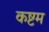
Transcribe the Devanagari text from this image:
कष्टम